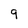
Character: 9